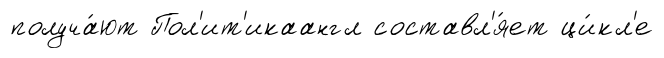
получа́ют Пол'ит'икаангл составл'я́ет ци́кл'е